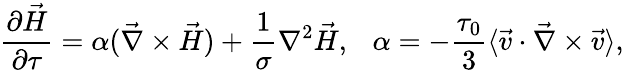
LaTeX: \frac{\partial\vec{H}}{\partial\tau}=\alpha(\vec{\nabla}\times\vec{H})+\frac{1}{\sigma}\nabla^{2}\vec{H},~~~\alpha=-\frac{\tau_{0}}{3}\langle\vec{v}\cdot\vec{\nabla}\times\vec{v}\rangle,